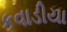
કવાડીયા